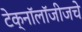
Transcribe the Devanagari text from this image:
टेक्नॉलॉजीजचे